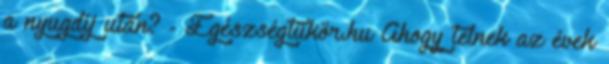
a nyugdíj után? - Egészségtükör.hu Ahogy telnek az évek